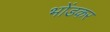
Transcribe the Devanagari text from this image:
भोंडकर